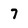
Character: 7